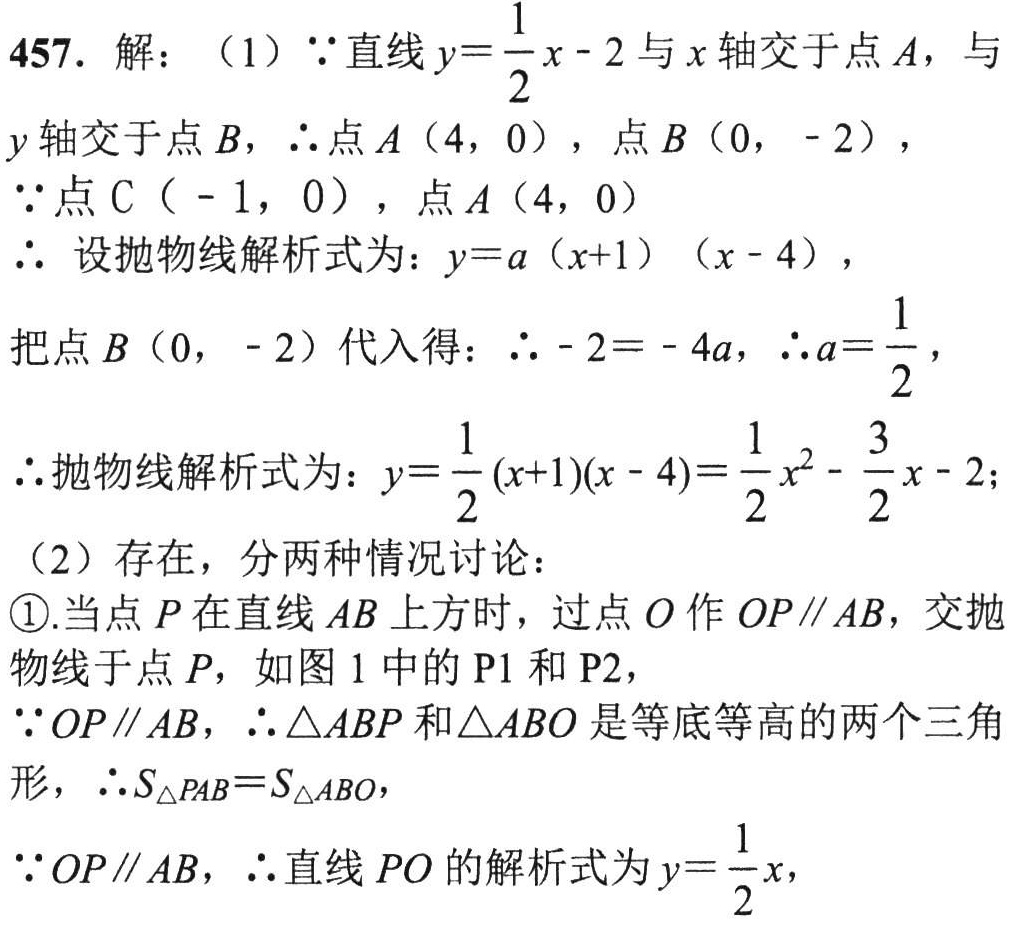
457. 解：（1）\(\because\)直线\(y = \frac{1}{2}x - 2\)与\(x\)轴交于点\(A\)，与\(y\)轴交于点\(B\)，\(\therefore\)点\(A(4,0)\)，点\(B(0,-2)\)，
\(\because\)点\(C(-1,0)\)，点\(A(4,0)\)
\(\therefore\)设抛物线解析式为：\(y = a(x + 1)(x - 4)\)，
把点\(B(0,-2)\)代入得：\(\therefore - 2=-4a\)，\(\therefore a=\frac{1}{2}\)，
\(\therefore\)抛物线解析式为：\(y=\frac{1}{2}(x + 1)(x - 4)=\frac{1}{2}x^{2}-\frac{3}{2}x - 2\)；
（2）存在，分两种情况讨论：
\textcircled{1}.当点\(P\)在直线\(AB\)上方时，过点\(O\)作\(OP\parallel AB\)，交抛物线于点\(P\)，如图1中的\(P1\)和\(P2\)，
\(\because OP\parallel AB\)，\(\therefore\triangle ABP\)和\(\triangle ABO\)是等底等高的两个三角形，\(\therefore S_{\triangle PAB}=S_{\triangle ABO}\)，
\(\because OP\parallel AB\)，\(\therefore\)直线\(PO\)的解析式为\(y = \frac{1}{2}x\)，